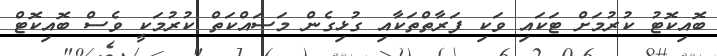
ބޮއިކޮޓު ކުރުމަށް ޓަކައި ވަކި ފަރާތްތަކާއި ގުޅިގެން މަސައްކަތް ކުރުމަކީ ވެސް ބޮއިކޮޓް